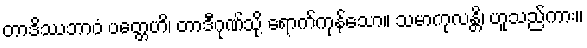
တာဒိဿဘာဝံ ပတ္တေဟိ၊ တာဒီဂုဏ်သို့ ရောက်ကုန်သော။ သမာကုလန္တိ၊ ဟူသည်ကား။